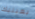
بعينيك